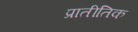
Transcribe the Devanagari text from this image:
प्रातीतिक